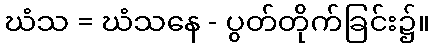
ဃံသ = ဃံသနေ - ပွတ်တိုက်ခြင်း၌။